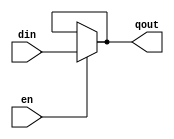
module d_latch(en, din, qout);
    
  input en, din;
  
  output qout;

    
  assign qout = en ? din : qout;

endmodule